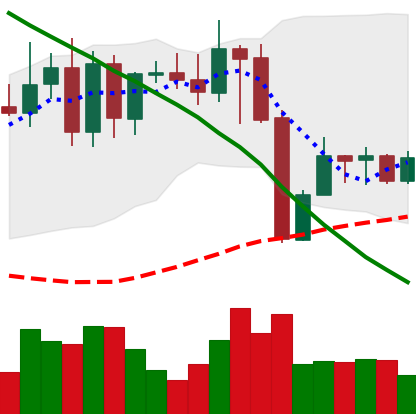
Ticker: XMR-USD
Chart end date: 2022-08-25
Forward return: -3.58%
Label: down_3_5